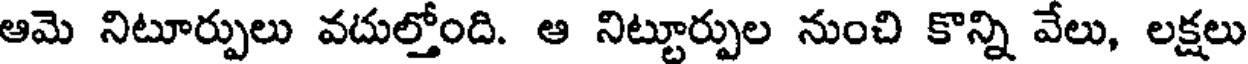
ఆమె నిటూర్పులు వదుల్తోంది. ఆ నిట్టూర్పుల నుంచి కొన్ని వేలు, లక్షలు